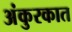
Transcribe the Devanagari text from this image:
अंकुरकात